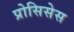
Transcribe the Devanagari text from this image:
प्रोसिसेस